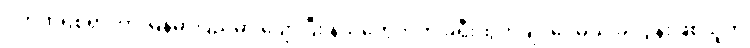
ပက်ထရစ်ရှာဟာ မြန်မာပြည်မှာ ပျော်ပြီး နယ်တွေဘက် ခရီးထွက်ချင်ပေမယ့် ခင်ပွန်းဖြစ်သူက